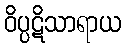
ဝိပ္ပဋိသာရာယ